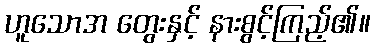
ဟူသောအ တွေးနှင့် နားစွင့်ကြည့်၏။